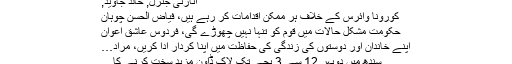
اٹارنی جنرل, خالد جاوید,
کورونا وائرس کے خلاف ہر ممکن اقدامات کر رہے ہیں، فیاض الحسن چوہان
حکومت مشکل حالات میں قوم کو تنہا نہیں چھوڑے گی، فردوس عاشق اعوان
اپنے خاندان اور دوستوں کی زندگی کی حفاظت میں اپنا کردار ادا کریں، مراد…
سندھ میں دوپہر 12 سے 3 بجے تک لاک ڈاؤن مزید سخت کرنے کا…